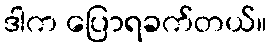
ဒါက ပြောရခက်တယ်။